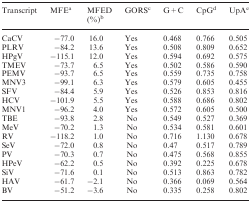
| Transcript | MFEa | MFED (%)b | GORSc | G + C | CpGd | UpAe |
 | --- | --- | --- | --- | --- | --- | --- |
 | CaCV | −77.0 | 16.0 | Yes | 0.468 | 0.766 | 0.505 |
 | PLRV | −84.2 | 13.6 | Yes | 0.508 | 0.809 | 0.652 |
 | HPgV | −115.1 | 12.0 | Yes | 0.594 | 0.692 | 0.575 |
 | TMEV | −73.7 | 6.5 | Yes | 0.502 | 0.586 | 0.590 |
 | PEMV | −93.7 | 6.5 | Yes | 0.559 | 0.735 | 0.758 |
 | MNV3 | −99.1 | 6.3 | Yes | 0.579 | 0.605 | 0.455 |
 | SFV | −84.4 | 5.9 | Yes | 0.526 | 0.853 | 0.816 |
 | HCV | −101.9 | 5.5 | Yes | 0.588 | 0.686 | 0.802 |
 | MNV1 | −96.2 | 4.0 | Yes | 0.572 | 0.605 | 0.500 |
 | TBE | −93.8 | 2.8 | No | 0.549 | 0.527 | 0.369 |
 | MeV | −70.2 | 1.3 | No | 0.534 | 0.581 | 0.601 |
 | RV | −118.2 | 1.0 | No | 0.716 | 1.130 | 0.678 |
 | SeV | −72.0 | 0.8 | No | 0.47 | 0.517 | 0.789 |
 | PV | −70.3 | 0.7 | No | 0.475 | 0.568 | 0.855 |
 | HPeV | −62.2 | 0.5 | No | 0.392 | 0.225 | 0.678 |
 | SiV | −71.6 | 0.1 | No | 0.513 | 0.863 | 0.782 |
 | HAV | −61.7 | −2.1 | No | 0.366 | 0.069 | 0.564 |
 | BV | −51.2 | −3.6 | No | 0.335 | 0.258 | 0.802 |